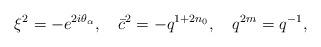
LaTeX: \begin{align*}\xi^{2} = - e^{2i\theta_{\alpha}},\ \ \ \bar{c}^{2} = - q^{1+2n_{0}},\ \ \ q^{2m} = q^{-1},\end{align*}